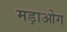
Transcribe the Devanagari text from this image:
मड़ाओग